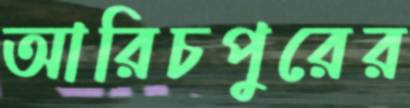
আরিচপুরের